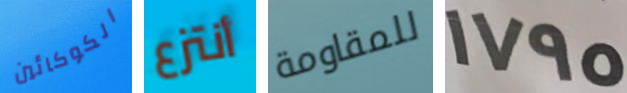
الكوكائين أنتزع للمقاومة 1795